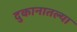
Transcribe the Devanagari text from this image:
दुकानातल्या